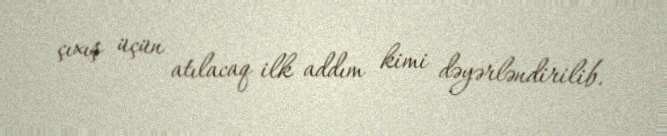
çıxış üçün atılacaq ilk addım kimi dəyərləndirilib.